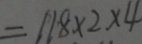
= 1 1 8 \times 2 \times 4